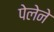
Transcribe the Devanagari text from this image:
पेलेने